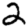
Digit: 2